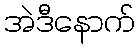
အဲဒီနောက်